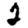
Digit: 2